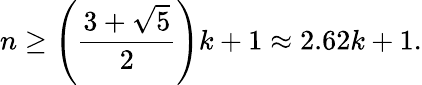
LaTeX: n\geq\left({\frac{3+{\sqrt{5}}}{2}}\right)k+1\approx 2.62k+1.